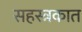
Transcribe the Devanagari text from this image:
सहस्त्रकात